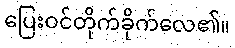
ပြေးဝင်တိုက်ခိုက်လေ၏။